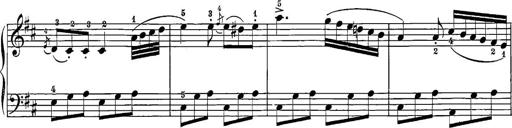
Title: 12 Sonatine per Pianoforte
Composer: Friedrich Kuhlau